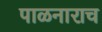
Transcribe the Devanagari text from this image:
पाळनाराच